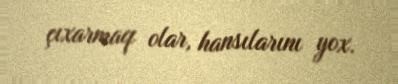
çıxarmaq olar, hansılarını yox.